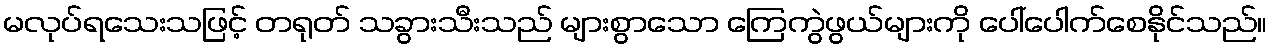
မလုပ်ရသေးသဖြင့် တရုတ် သခွားသီးသည် များစွာသော ကြေကွဲဖွယ်များကို ပေါ်ပေါက်စေနိုင်သည်။